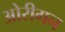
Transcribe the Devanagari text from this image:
ओरीगन